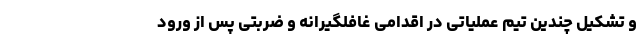
و تشکیل چندین تیم عملیاتی در اقدامی غافلگیرانه و ضربتی پس از ورود